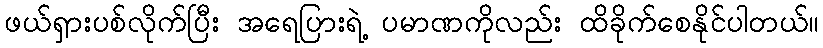
ဖယ်ရှားပစ်လိုက်ပြီး အရေပြားရဲ့ ပမာဏကိုလည်း ထိခိုက်စေနိုင်ပါတယ်။